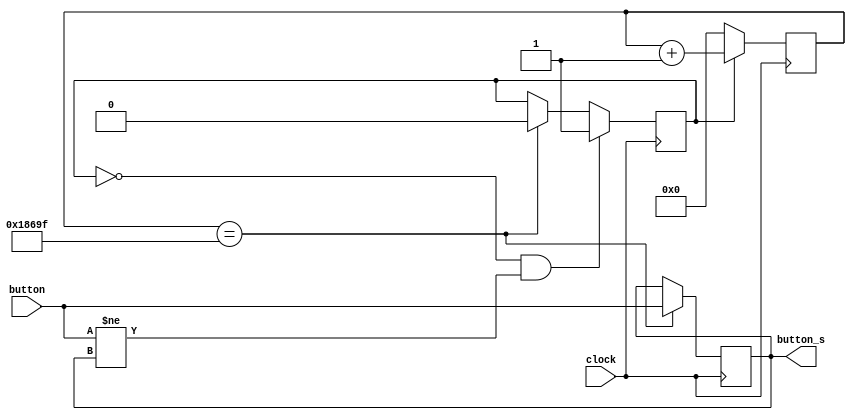
`timescale 1ns / 1ps
//////////////////////////////////////////////////////////////////////////////////
// Company: 
// Engineer: 
// 
// Design Name: 
// Module Name: Debounce
// Project Name: 
// Target Devices: 
// Tool Versions: 
// Description: 
// 
// Dependencies: 
// 
// Revision:
// Revision 0.01 - File Created
// Additional Comments:
// 
//////////////////////////////////////////////////////////////////////////////////


module Debounce(
    input clock,
    input button,
    output reg button_s
    );
    
    reg [20 : 0] count;
    reg count_enable;
    
    parameter LIMIT = 100_000; // 5MHz --> 20ms
    
    always @(posedge clock)
    begin
    	if (count == LIMIT - 1)
    		button_s <= button;
    end
    
    always @(posedge clock)
    begin
    	if (count_enable)
    		count <= count + 'b1;
    	else
    		count <= 'b0;
    end
    
    always @(posedge clock)
    begin
    	if (~count_enable && (button != button_s))
    		count_enable <= 1;
    	else
    		if (count == LIMIT - 1)
    			count_enable <= 0;
    end
    
endmodule